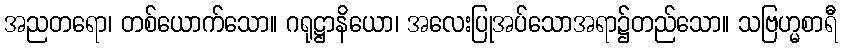
အညတရော၊ တစ်ယောက်သော။ ဂရုဋ္ဌာနိယော၊ အလေးပြုအပ်သောအရာ၌တည်သော။ သဗြဟ္မစာရီ